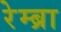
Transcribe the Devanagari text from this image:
रेम्ब्रा